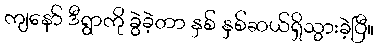
ကျနော် ဒီရွာကို ခွဲခဲ့တာ နှစ် နှစ်ဆယ်ရှိသွားခဲ့ပြီ။